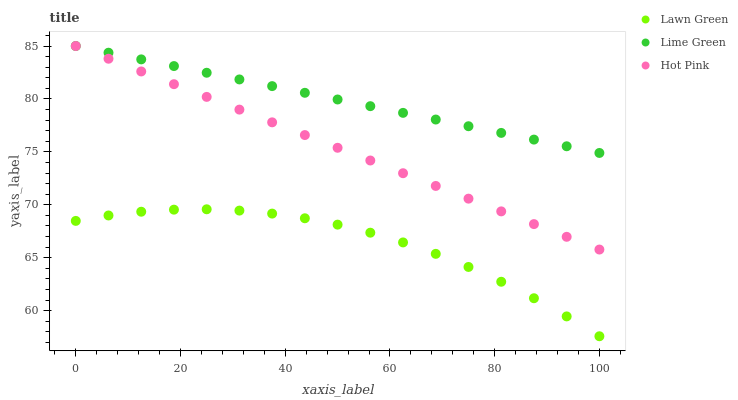
| xaxis_label | Lawn Green | Lime Green | Hot Pink |
 | --- | --- | --- | --- |
 | 0 | 68.5 | 85 | 85 |
 | 6.25 | 69 | 84.4 | 83.8 |
 | 12.5 | 69.3 | 83.7 | 82.6 |
 | 18.8 | 69.5 | 83.1 | 81.4 |
 | 25 | 69.6 | 82.5 | 80.2 |
 | 31.2 | 69.5 | 81.8 | 79 |
 | 37.5 | 69.2 | 81.2 | 77.8 |
 | 43.8 | 68.7 | 80.6 | 76.6 |
 | 50 | 68.1 | 79.9 | 75.4 |
 | 56.2 | 67.4 | 79.3 | 74.2 |
 | 62.5 | 66.4 | 78.7 | 73 |
 | 68.8 | 65.4 | 78.1 | 71.8 |
 | 75 | 64.1 | 77.4 | 70.6 |
 | 81.2 | 62.7 | 76.8 | 69.4 |
 | 87.5 | 61.2 | 76.2 | 68.2 |
 | 93.8 | 59.5 | 75.5 | 67 |
 | 100 | 57.6 | 74.9 | 65.8 |